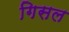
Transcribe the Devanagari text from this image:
गिसल